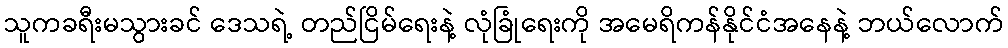
သူကခရီးမသွားခင် ဒေသရဲ့ တည်ငြိမ်ရေးနဲ့ လုံခြုံရေးကို အမေရိကန်နိုင်ငံအနေနဲ့ ဘယ်လောက်